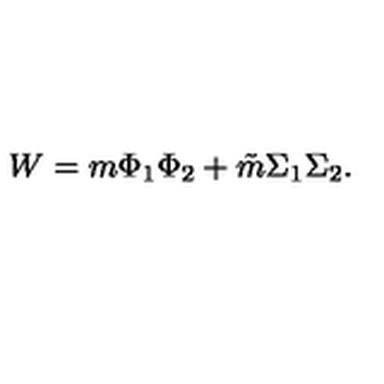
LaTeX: W = m \Phi _ { 1 } \Phi _ { 2 } + \tilde { m } \Sigma _ { 1 } \Sigma _ { 2 } .